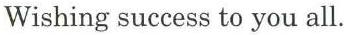
Wishing success to you all.